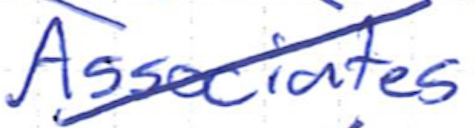
Text: Associates
Cross-out: diagonal
Writing tool: ballpoint